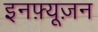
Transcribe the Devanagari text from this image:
इनफ़्यूज़न